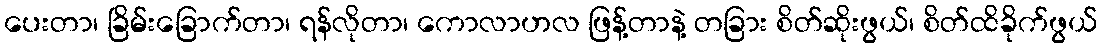
ပေးတာ၊ ခြိမ်းခြောက်တာ၊ ရန်လိုတာ၊ ကောလာဟလ ဖြန့်တာနဲ့ တခြား စိတ်ဆိုးဖွယ်၊ စိတ်ထိခိုက်ဖွယ်